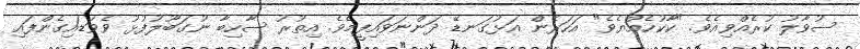
ސުވާލު ކުރެއްވިއެވެ. "ކާކުހެއްޔެވެ" އަހަރެން އަޅުގަނޑޭ ދަންނަވައިފީމެވެ. އިތުރު ސާހިބާ ނުގަބޫލުފުޅު ވެވަޑައިގެންފައި